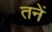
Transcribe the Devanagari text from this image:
तनें